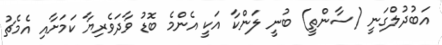
އަބުދުލްގަނީ (ސާންތީ) ބުނީ ލަންކާ އަކީ އެންމެ ބޮޑު ވާދަވެރިޔާ ކަމަށާއި އެމެޗު